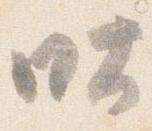
吐